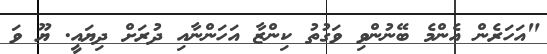
"އަހަރެން އެންމެ ބޭނުންވި ވަގުތު ކިންޒާ އަހަންނާއި ދުރަށް ދިޔައީ. ޔޫ ވަ